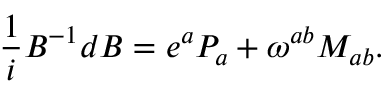
{ \frac { 1 } { i } } B ^ { - 1 } d B = e ^ { a } P _ { a } + \omega ^ { a b } M _ { a b } .